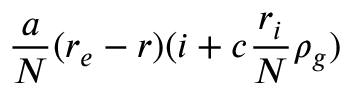
\frac { a } { N } ( r _ { e } - r ) ( i + c \frac { r _ { i } } { N } \rho _ { g } )